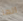
انها